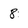
Character: 8